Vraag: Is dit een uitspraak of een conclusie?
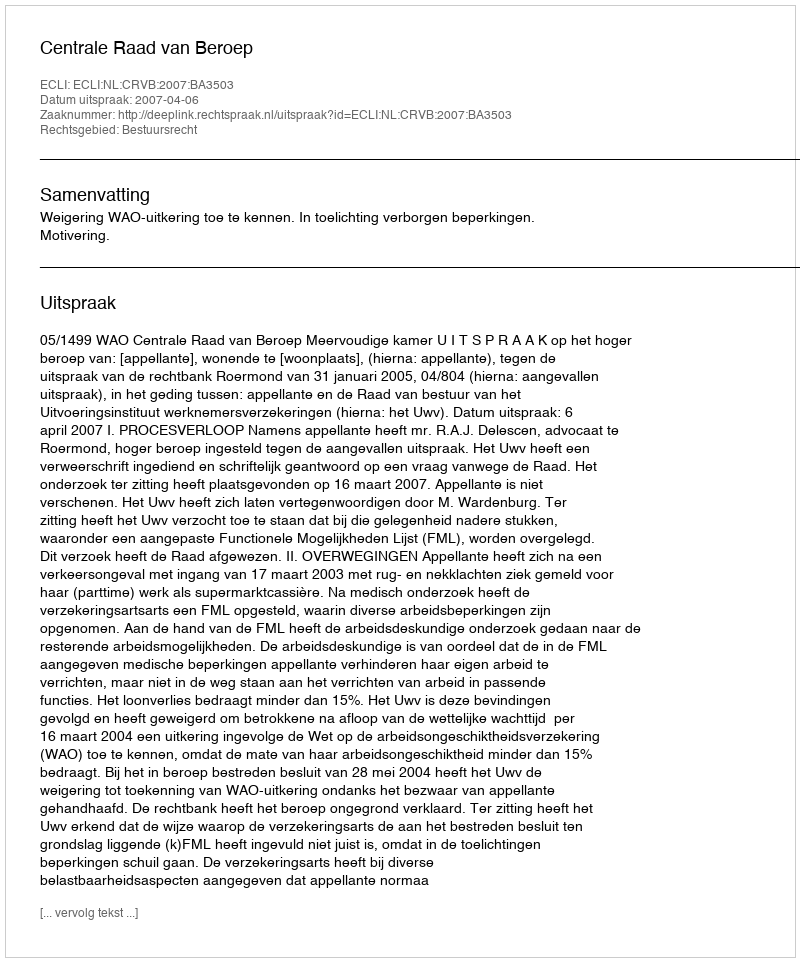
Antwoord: Uitspraak